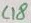
Text: C18